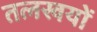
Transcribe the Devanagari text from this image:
तलखयों